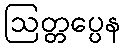
ဩတ္တပ္ပေန